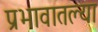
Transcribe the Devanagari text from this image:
प्रभावातल्या